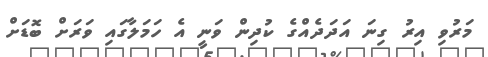
މަރުވި އިރު ގިނަ އަދަދެއްގެ ކުދިން ވަނީ އެ ހަމަލާގައި ވަރަށް ބޮޑަށް